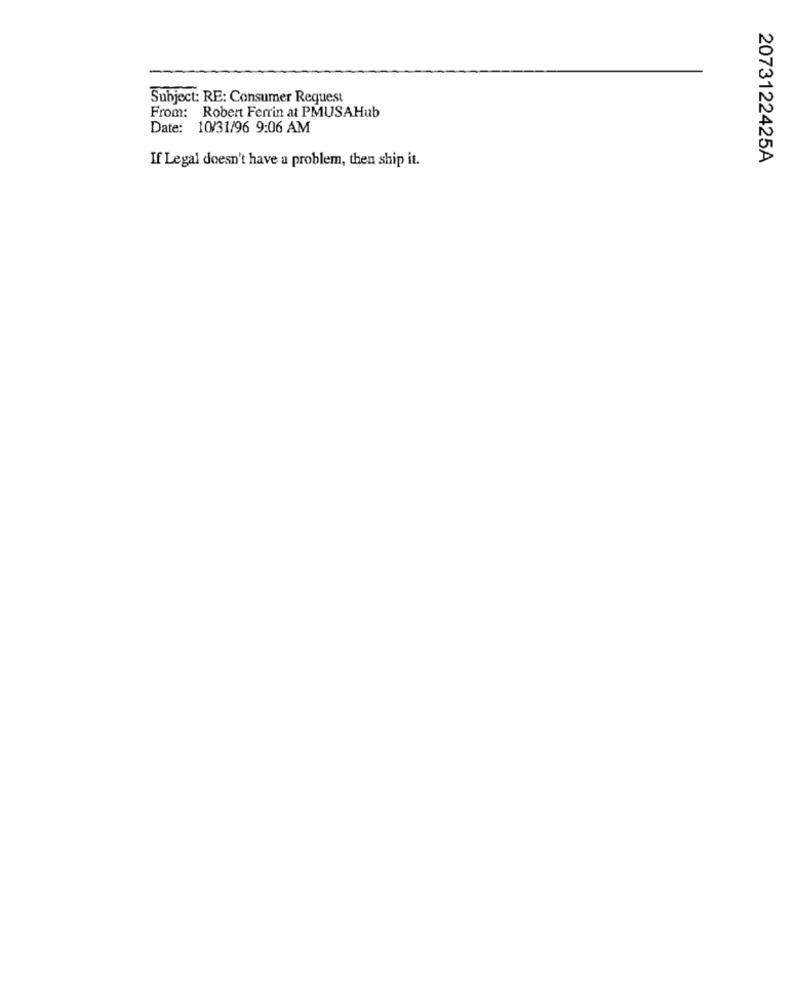
Subject: RE: Consumer Request
From: Robert Ferrin at PMUSAHub
Date: 10/31/96 9:06 AM
If Legal doesn't have a problem, then ship it.
2073122425A